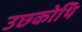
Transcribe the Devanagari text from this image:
उछ्कोथि